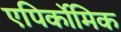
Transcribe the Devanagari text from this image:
एपिर्कोमिक